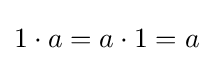
1\cdot a=a\cdot 1=a